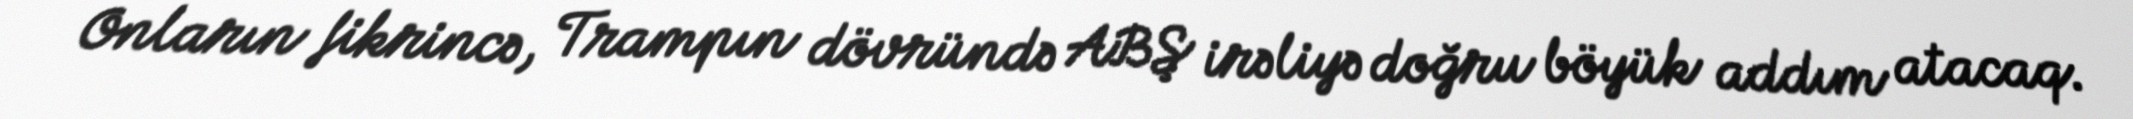
Onların fikrincə, Trampın dövründə ABŞ irəliyə doğru böyük addım atacaq.